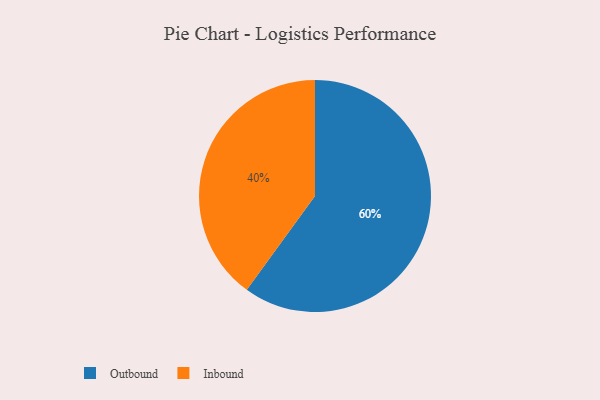
{"axis": {"x": "Category", "y": "Percentage"}, "legend": ["Inbound", "Outbound"], "data": [{"x": "Outbound", "y": 60, "type": "Outbound"}, {"x": "Inbound", "y": 40, "type": "Inbound"}]}